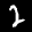
Label: 2